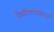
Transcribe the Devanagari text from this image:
विश्वामित्रघटोद्भवादिमुनयो